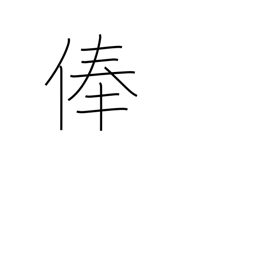
Meaning: stipend